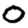
Digit: 0